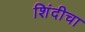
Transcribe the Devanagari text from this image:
शिंदीचा